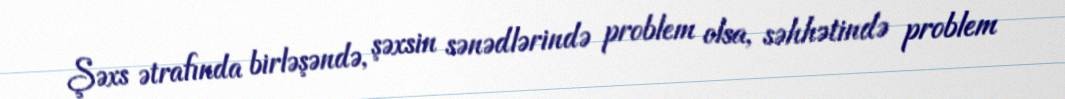
Şəxs ətrafında birləşəndə, şəxsin sənədlərində problem olsa, səhhətində problem